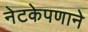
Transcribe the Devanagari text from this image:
नेटकेपणाने